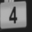
Digit: 4